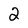
Character: 2